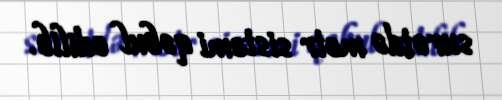
surətdə metr sistemi qəbul edilib.